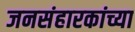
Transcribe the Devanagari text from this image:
जनसंहारकांच्या